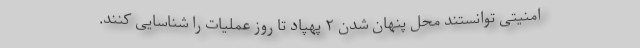
امنیتی توانستند محل پنهان شدن ۲ پهپاد تا روز عملیات را شناسایی کنند.